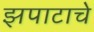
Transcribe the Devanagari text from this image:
झपाटाचे